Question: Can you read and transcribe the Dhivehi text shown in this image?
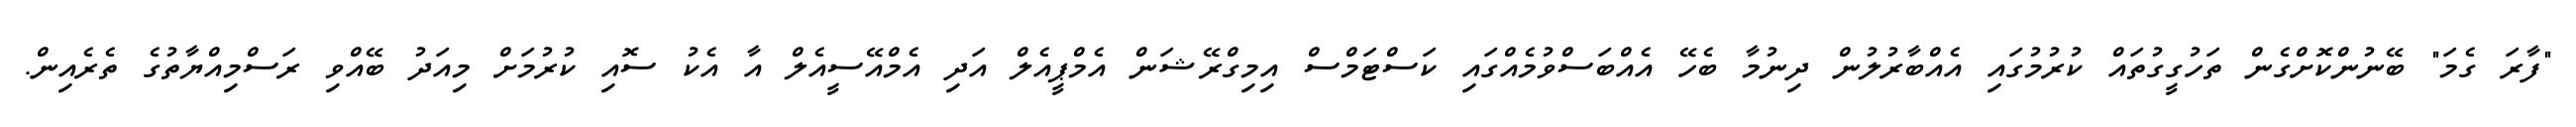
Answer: "ފާރަ ގެމަ" ބޭނުންކޮށްގެން ތަހުގީގުތައް ކުރުމުގައި އެއްބާރުލުން ދިނުމާ ބެހޭ އެއްބަސްވުމެއްގައި ކަސްޓަމްސް އިމިގްރޭޝަން އެމްޕީއެލް އަދި އެމްއޭސީއެލް އާ އެކު ސޮއި ކުރުމަށް މިއަދު ބޭއްވި ރަސްމިއްޔާތުގެ ތެރެއިން.